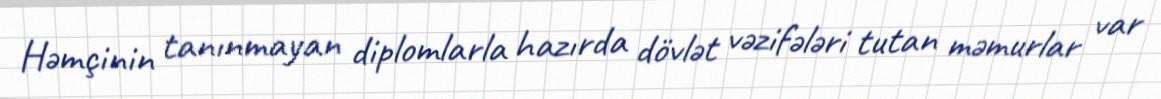
Həmçinin tanınmayan diplomlarla hazırda dövlət vəzifələri tutan məmurlar var